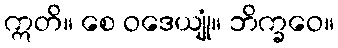
ဣတိ။ စေ ဝဒေယျုံ။ ဘိက္ခဝေ။